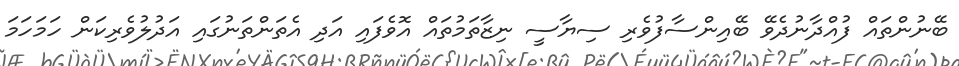
ބޭނުންތައް ފުއްދާނުދެވޭ ބޭއިންސާފުވެރި ސިޔާސީ ނިޒާތަމުތައް އޮވެފައި އަދި އެތަންތަނުގައި އަދުލުވެރިކަން ހަމަހަމަ